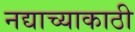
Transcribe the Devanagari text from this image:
नद्याच्याकाठी